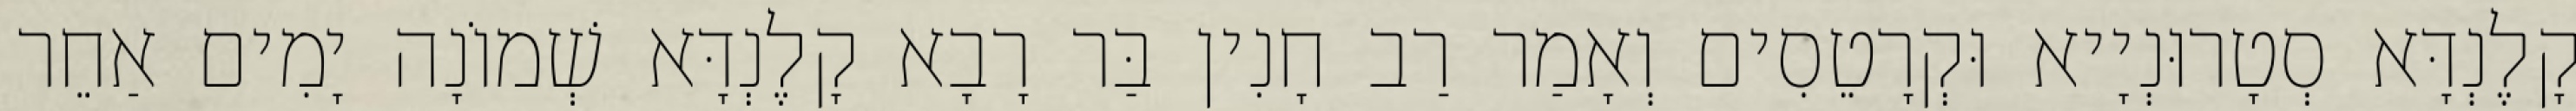
קָלֶנְדָּא סְטָרוּנְיָיא וּקְרָטֵסִים וְאָמַר רַב חָנִין בַּר רָבָא קָלֶנְדָּא שְׁמוֹנָה יָמִים אַחֵר